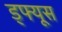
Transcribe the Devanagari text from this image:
ड्फ्यूस